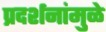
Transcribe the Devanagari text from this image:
प्रदर्शनांमुळे